Regulations for the medical services of the Army of India
Year: 1930
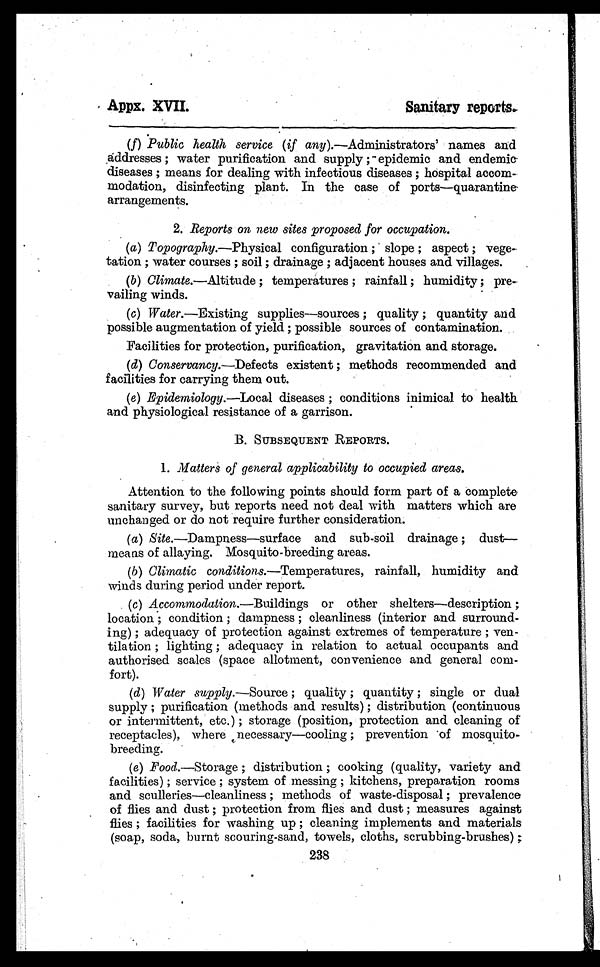
Appx. XVII.
Sanitary reports.
(f)Public health service (if any ).—Administrators' names and
addresses ; water purification and supply ; epidemic and endemic-
diseases ; means for dealing with infectious diseases ; hospital accom
modation, disinfecting plant. In the case of ports—quarantine
arrangements.
2. Reports on new sites proposed for occupation.
(a)Topography.—Physical configuration ; slope ; aspect ; vege-
tation ; water courses ; soil ; drainage ; adjacent houses and villages.
(b)Climate.—Altitude ; temperatures ; rainfall ; humidity ; pre-
veiling winds.
(c)Water.—Existing supplies
—sources ; quality ; quantity and
possible augmentation of yield ; possible sources of contamination.
Facilities for protection, purification, gravitation and storage.
(d)Conservancy.—Defects existent ; methods recommended and
facilities for carrying them out.
(e)Epidemiology.—Local diseases ; conditions inimical to health
and physiological resistance of a garrison.
B. SUBSEQUENT REPORTS.
1. Matters of general applicability to occupied areas.
Attention to the following points should form part of a complete
sanitary survey, but reports need not deal with matters which are
unchanged or do not require further consideration.
(a)Site.—Dampness—surface and sub-soil drainage ; dust—
means of allaying. Mosquito-breeding areas.
(b)Climatic conditions.—Temperatures, rainfall, humidity and
winds during period under report.
(c)Accommodation.—Buildings or other shelters—description ;
location ; condition ; dampness ; cleanliness (interior and surround-
ing) ; adequacy of protection against extremes of temperature ; ven-
tilation ; lighting ; adequacy in relation to actual occupants and
authorised scales (space allotment, convenience and general com-
fort).
(d)Water supply.—Source ; quality ; quantity ; single or dual
supply; purification (methods and results) ; distribution (continuous
or intermittent, etc.) ; storage (position, protection and cleaning of
receptacles), where necessary—cooling ; prevention of mosquito-
breeding.
(e)Food.—Storage ; distribution ; cooking (quality, variety and
facilities) ; service ; system of messing ; kitchens, preparation rooms
and sculleries—cleanliness ; methods of waste-disposal ; prevalence
of flies and dust ; protection from flies and dust ; measures against
flies ; facilities for washing up ; cleaning implements and materials
(soap, soda, burnt scouring-sand, towels, cloths, scrubbing-brushes) ;
238